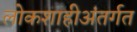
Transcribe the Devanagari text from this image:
लोकशाहीअंतर्गत